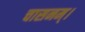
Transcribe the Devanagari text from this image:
चासनम्‌।